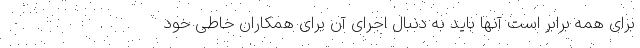
برای همه برابر است آنها باید به دنبال اجرای آن برای همکاران خاطی خود